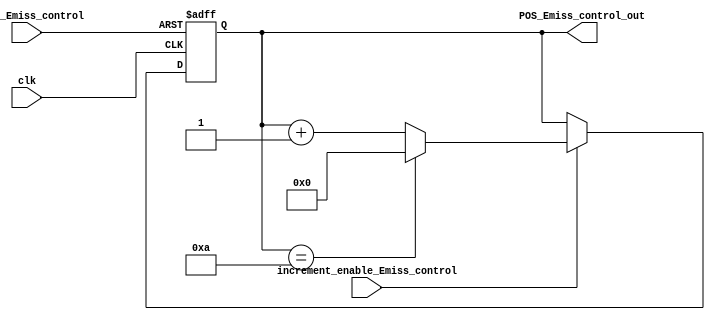
module Emiss_control(clk, reset_Emiss_control, increment_enable_Emiss_control, POS_Emiss_control_out);
  
  input clk;
  input reset_Emiss_control;
  input increment_enable_Emiss_control;
  output  [3:0] POS_Emiss_control_out;
  
reg [3:0] emiss;
assign POS_Emiss_control_out = emiss;

initial begin
  emiss <= 4'd0;
end

always @(posedge clk or negedge reset_Emiss_control) begin
    if(!reset_Emiss_control)
        emiss = 4'd0;
    else begin
        if(increment_enable_Emiss_control)
           emiss <= (emiss == 4'd10) ? 4'd0 : emiss + 1;
    end
end
endmodule